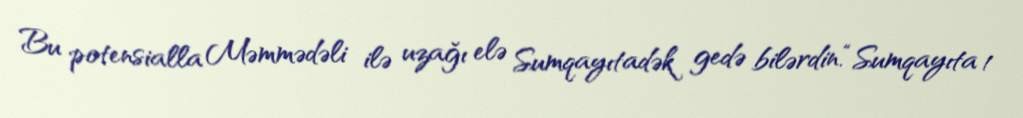
Bu potensialla Məmmədəli ilə uzağı elə Sumqayıtadək gedə bilərdin.“Sumqayıta 1